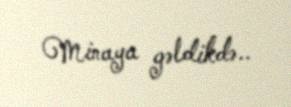
Minaya gəldikdə..